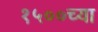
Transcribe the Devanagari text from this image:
१५००च्या